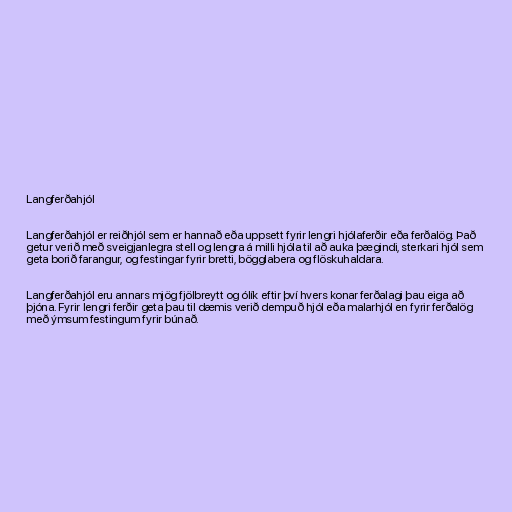
Langferðahjól

Langferðahjól er reiðhjól sem er hannað eða uppsett fyrir lengri hjólaferðir eða ferðalög. Það
getur verið með sveigjanlegra stell og lengra á milli hjóla til að auka þægindi, sterkari hjól sem
geta borið farangur, og festingar fyrir bretti, bögglabera og flöskuhaldara.

Langferðahjól eru annars mjög fjölbreytt og ólík eftir því hvers konar ferðalagi þau eiga að
þjóna. Fyrir lengri ferðir geta þau til dæmis verið dempuð hjól eða malarhjól en fyrir ferðalög
með ýmsum festingum fyrir búnað.